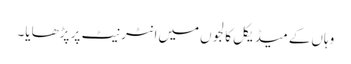
وہاں‌کے میڈیکل کالجوں‌میں‌انٹرنیٹ پر پڑھایا۔